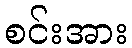
စင်းအား